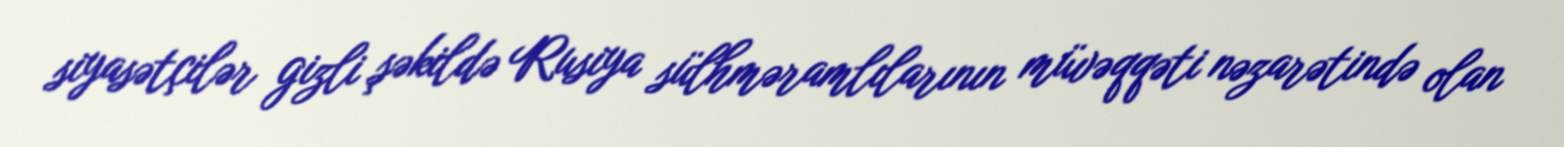
siyasətçilər gizli şəkildə Rusiya sülhməramlılarının müvəqqəti nəzarətində olan